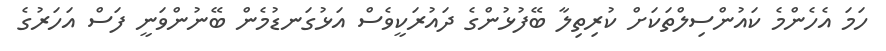
ހަމަ އެހެންމެ ކައުންސިލްތަކަށް ކުރިތިލާ ބޭފުޅުންގެ ދައުރަކީވެސް އަޅުގަނޑުމެން ބޭނުންވަނީ ފަސް އަހަރުގެ